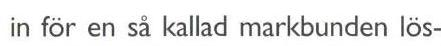
in för en så kallad markbunden lös